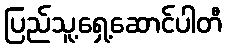
ပြည်သူ့ရှေ့ဆောင်ပါတီ